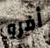
أفرو